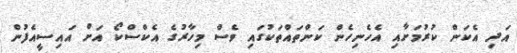
އަދި އެކަން ކުރުމަށާއި އެެހެނިހެން ކަންތައްތަކުގައި ވެސް މިހާރުގެ އެކްސްކޯ އަށް އައިސީއެފުން